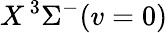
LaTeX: X\, {}^{3}\Sigma^{-}(v=0)